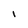
Character: I